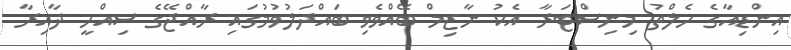
އިންޑިއާގެ ހެލްތު މިނިސްޓަރާ އެކު ނާޒިމް ބޭއްވެވި ބައްދަލުވުމުގައި ރާއްޖޭގެ ސިއްހީ ދާއިރާ